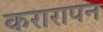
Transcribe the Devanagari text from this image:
करारापन